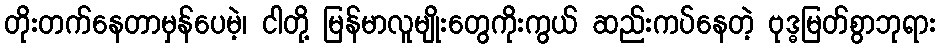
တိုးတက်နေတာမှန်ပေမဲ့၊ ငါတို့ မြန်မာလူမျိုးတွေကိုးကွယ် ဆည်းကပ်နေတဲ့ ဗုဒ္ဓမြတ်စွာဘုရား